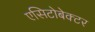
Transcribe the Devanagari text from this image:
एसिटोबेक्टर